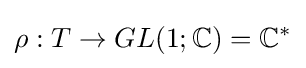
\rho :T\rightarrow GL(1;\mathbb {C} )=\mathbb {C} ^{*}